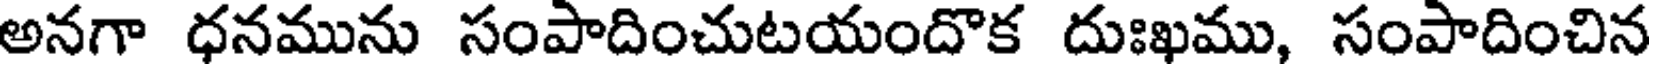
అనగా ధనమును సంపాదించుటయందొక దుఃఖము, సంపాదించిన